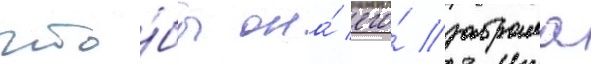
что́бы она́ его́ забрала